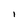
Character: l